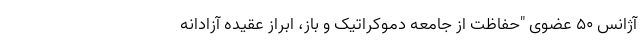
آژانس ۵۰ عضوی "حفاظت از جامعه دموکراتیک و باز، ابراز عقیده آزادانه